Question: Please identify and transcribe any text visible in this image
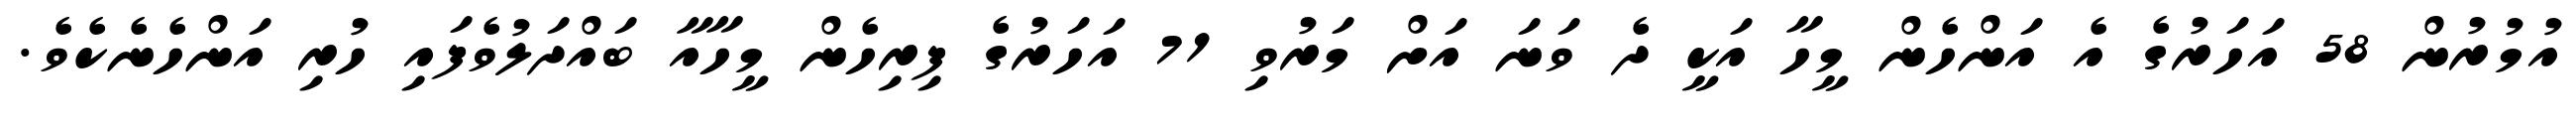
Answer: އުމުރުން 58 އަހަރުގެ އެ އަންހެން މީހާ އަކީ ދެ ވަނަ އަށް މަރުވި 71 އަހަރުގެ ފިރިހެން މީހާއާ ބައްދަލުވެފައި ހުރި އަންހެނެކެވެ.